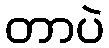
တာပဲ